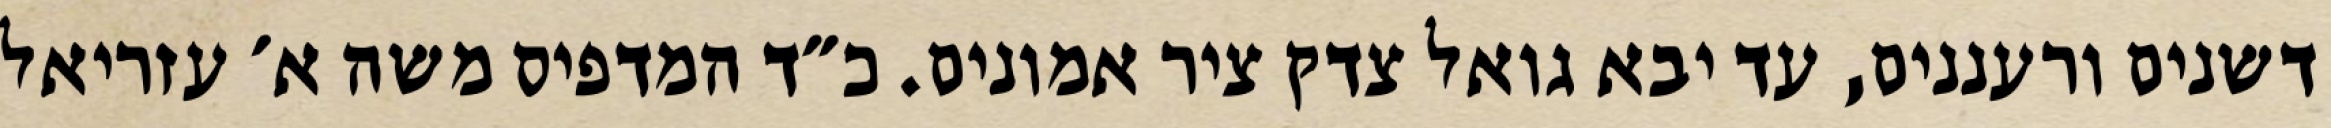
דשנים ורעננים, עד יבא גואל צדק ציר אמונים. כ״ד המדפיס משה א׳ עזריאל